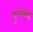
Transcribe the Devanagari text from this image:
दुग्धस्नेह